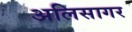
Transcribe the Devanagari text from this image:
अलिसागर